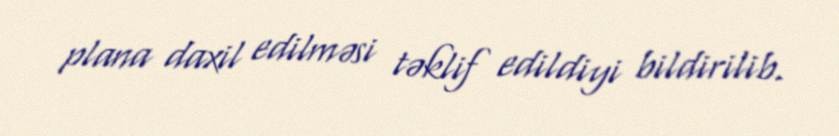
plana daxil edilməsi təklif edildiyi bildirilib.